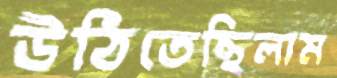
উঠিতেছিলাম